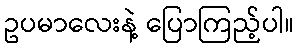
ဥပမာလေးနဲ့ ပြောကြည့်ပါ။